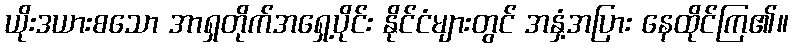
ယိုးဒယားစသော အာရှတိုက်အရှေ့ပိုင်း နိုင်ငံများတွင် အနှံ့အပြား နေထိုင်ကြ၏။